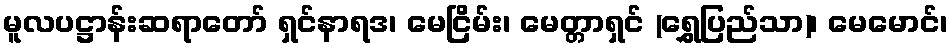
မူလပဋ္ဌာန်းဆရာတော် ရှင်နာရဒ၊ မေငြိမ်း၊ မေတ္တာရှင် (ရွှေပြည်သာ)၊ မေမောင်၊